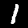
Digit: 1